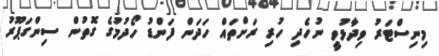
މިނިސްޓަރު ވިދާޅުވީ ނުހެދި ހުރި ރަށްތައް ހަދަން ފަންޑު ހޯދުމުގެ ގޮތުން ސިންގަޕޫރު